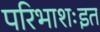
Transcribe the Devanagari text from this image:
परिभाशःइत